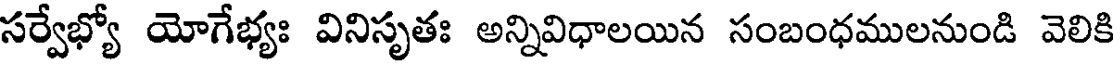
సర్వేభ్యో యోగేభ్యః వినిసృతః అన్నివిధాలయిన సంబంధములనుండి వెలికి